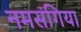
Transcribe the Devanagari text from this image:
नमसंगिया